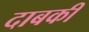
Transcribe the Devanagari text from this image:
दाबकी